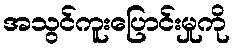
အသွင်ကူးပြောင်းမှုကို